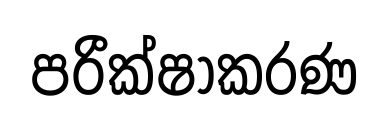
පරීක්ෂාකරණ